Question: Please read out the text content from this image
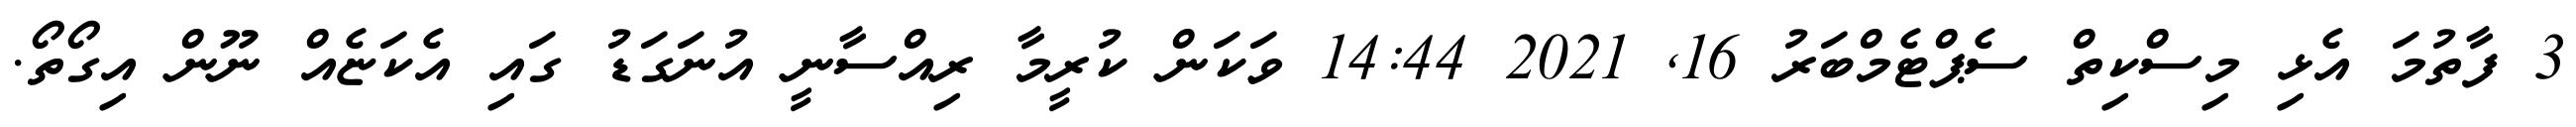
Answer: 3 ފާތުމަ އެޅި މިސްކިތް ސެޕްޓެމްބަރު 16, 2021 14:44 ވަކަން ކުރީމާ ރިއްސާނީ އުނަގަޑު ގައި އެކަޏެއް ނޫން އިގޯތޯ.